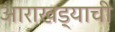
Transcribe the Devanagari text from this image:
आराखड्याची